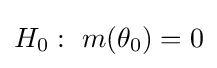
H_{0}:\ m(\theta _{0})=0